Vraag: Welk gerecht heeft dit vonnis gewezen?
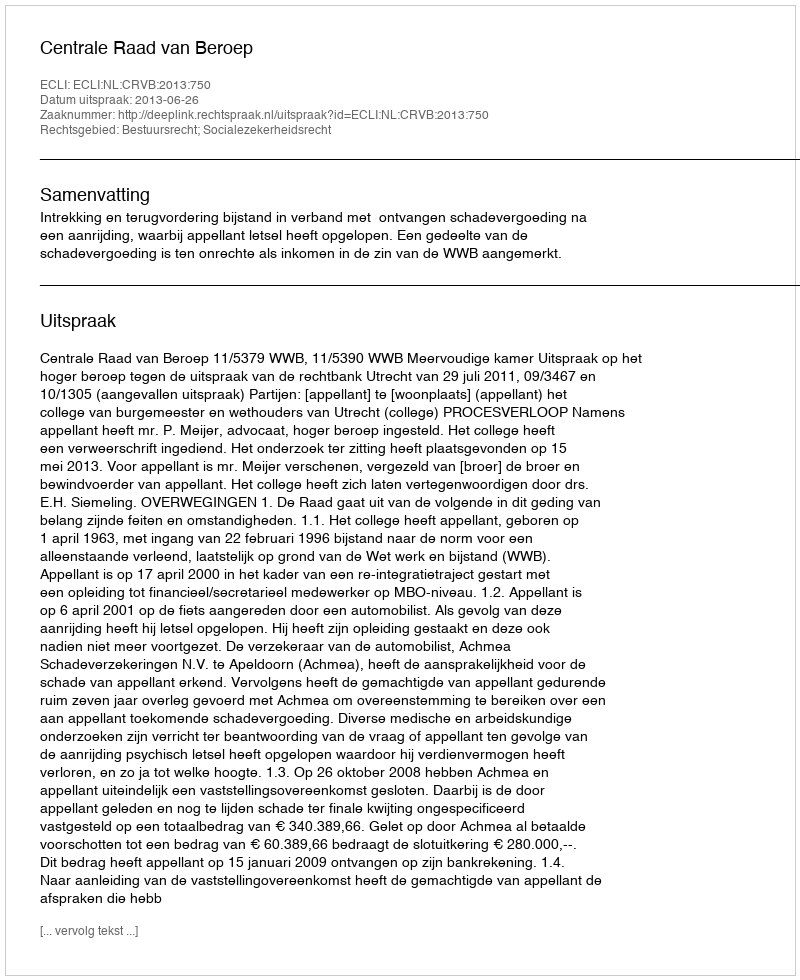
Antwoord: Centrale Raad van Beroep